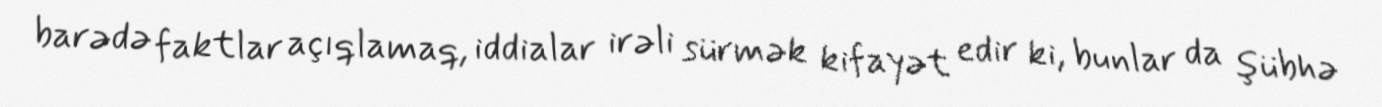
barədə faktlar açıqlamaq, iddialar irəli sürmək kifayət edir ki, bunlar da şübhə